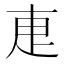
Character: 𭻿